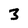
Character: 3